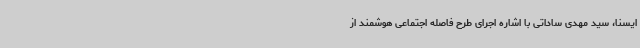
ایسنا، سید مهدی ساداتی با اشاره اجرای طرح فاصله اجتماعی هوشمند از